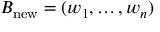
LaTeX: B _ { \mathrm { n e w } } = ( w _ { 1 } , \ldots , w _ { n } )